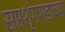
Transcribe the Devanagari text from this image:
सप्तशृंगगडाच्या